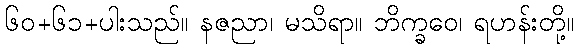
၆၀+၆၁+ပါးသည်။ နဇညာ၊ မသိရာ။ ဘိက္ခဝေ၊ ရဟန်းတို့။